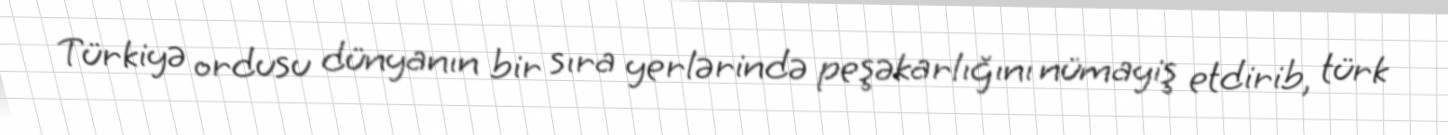
Türkiyə ordusu dünyanın bir sıra yerlərində peşəkarlığını nümayiş etdirib, türk